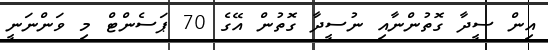
އިން ސީދާ ގޮތުންނާއި ނުސީދާ ގޮތުން އޭގެ 70 ޕަސެންޓް މި ވަންނަނީ